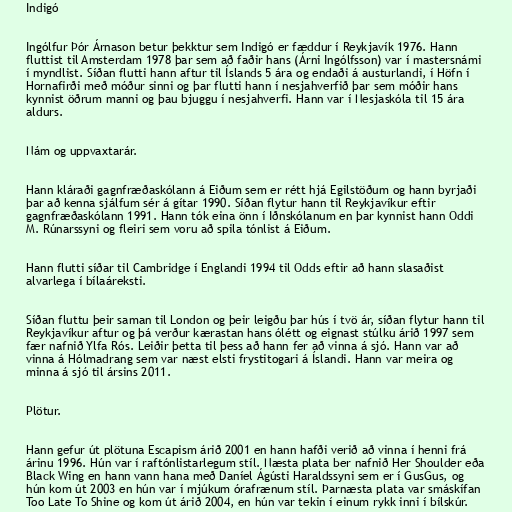
Indigó

Ingólfur Þór Árnason betur þekktur sem Indigó er fæddur í Reykjavík 1976. Hann
fluttist til Amsterdam 1978 þar sem að faðir hans (Árni Ingólfsson) var í mastersnámi
í myndlist. Síðan flutti hann aftur til Íslands 5 ára og endaði á austurlandi, í Höfn í
Hornafirði með móður sinni og þar flutti hann í nesjahverfið þar sem móðir hans
kynnist öðrum manni og þau bjuggu í nesjahverfi. Hann var í Nesjaskóla til 15 ára
aldurs.

Nám og uppvaxtarár.

Hann kláraði gagnfræðaskólann á Eiðum sem er rétt hjá Egilstöðum og hann byrjaði
þar að kenna sjálfum sér á gítar 1990. Síðan flytur hann til Reykjavíkur eftir
gagnfræðaskólann 1991. Hann tók eina önn í Iðnskólanum en þar kynnist hann Oddi
M. Rúnarssyni og fleiri sem voru að spila tónlist á Eiðum.

Hann flutti síðar til Cambridge í Englandi 1994 til Odds eftir að hann slasaðist
alvarlega í bílaáreksti.

Síðan fluttu þeir saman til London og þeir leigðu þar hús í tvö ár, síðan flytur hann til
Reykjavíkur aftur og þá verður kærastan hans ólétt og eignast stúlku árið 1997 sem
fær nafnið Ylfa Rós. Leiðir þetta til þess að hann fer að vinna á sjó. Hann var að
vinna á Hólmadrang sem var næst elsti frystitogari á Íslandi. Hann var meira og
minna á sjó til ársins 2011.

Plötur.

Hann gefur út plötuna Escapism árið 2001 en hann hafði verið að vinna í henni frá
árinu 1996. Hún var í raftónlistarlegum stíl. Næsta plata ber nafnið Her Shoulder eða
Black Wing en hann vann hana með Daníel Ágústi Haraldssyni sem er í GusGus, og
hún kom út 2003 en hún var í mjúkum órafrænum stíl. Þarnæsta plata var smáskífan
Too Late To Shine og kom út árið 2004, en hún var tekin í einum rykk inni í bílskúr.